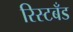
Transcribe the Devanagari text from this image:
रिस्टबँड